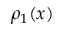
\rho _ { 1 } ( x )